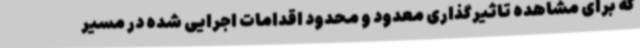
که برای مشاهده تاثیرگذاری معدود و محدود اقدامات اجرایی شده در مسیر